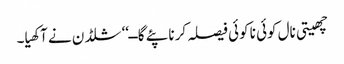
چھیتی نال کوئی نا کوئی فیصلہ کرنا پئے گا ــ‘‘ شلڈن نے آکھیا۔